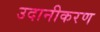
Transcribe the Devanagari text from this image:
उदानीकरण